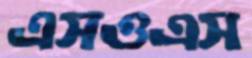
এসওএস